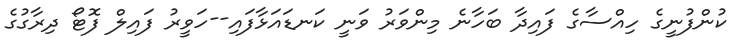
ކުންފުނީގެ ހިއްސާގެ ފައިދާ ބަހާނެ މިންވަރު ވަނީ ކަނޑައަޅާފައި--ހަވީރު ފައިލް ފޮޓޯ ދިރާގުގެ